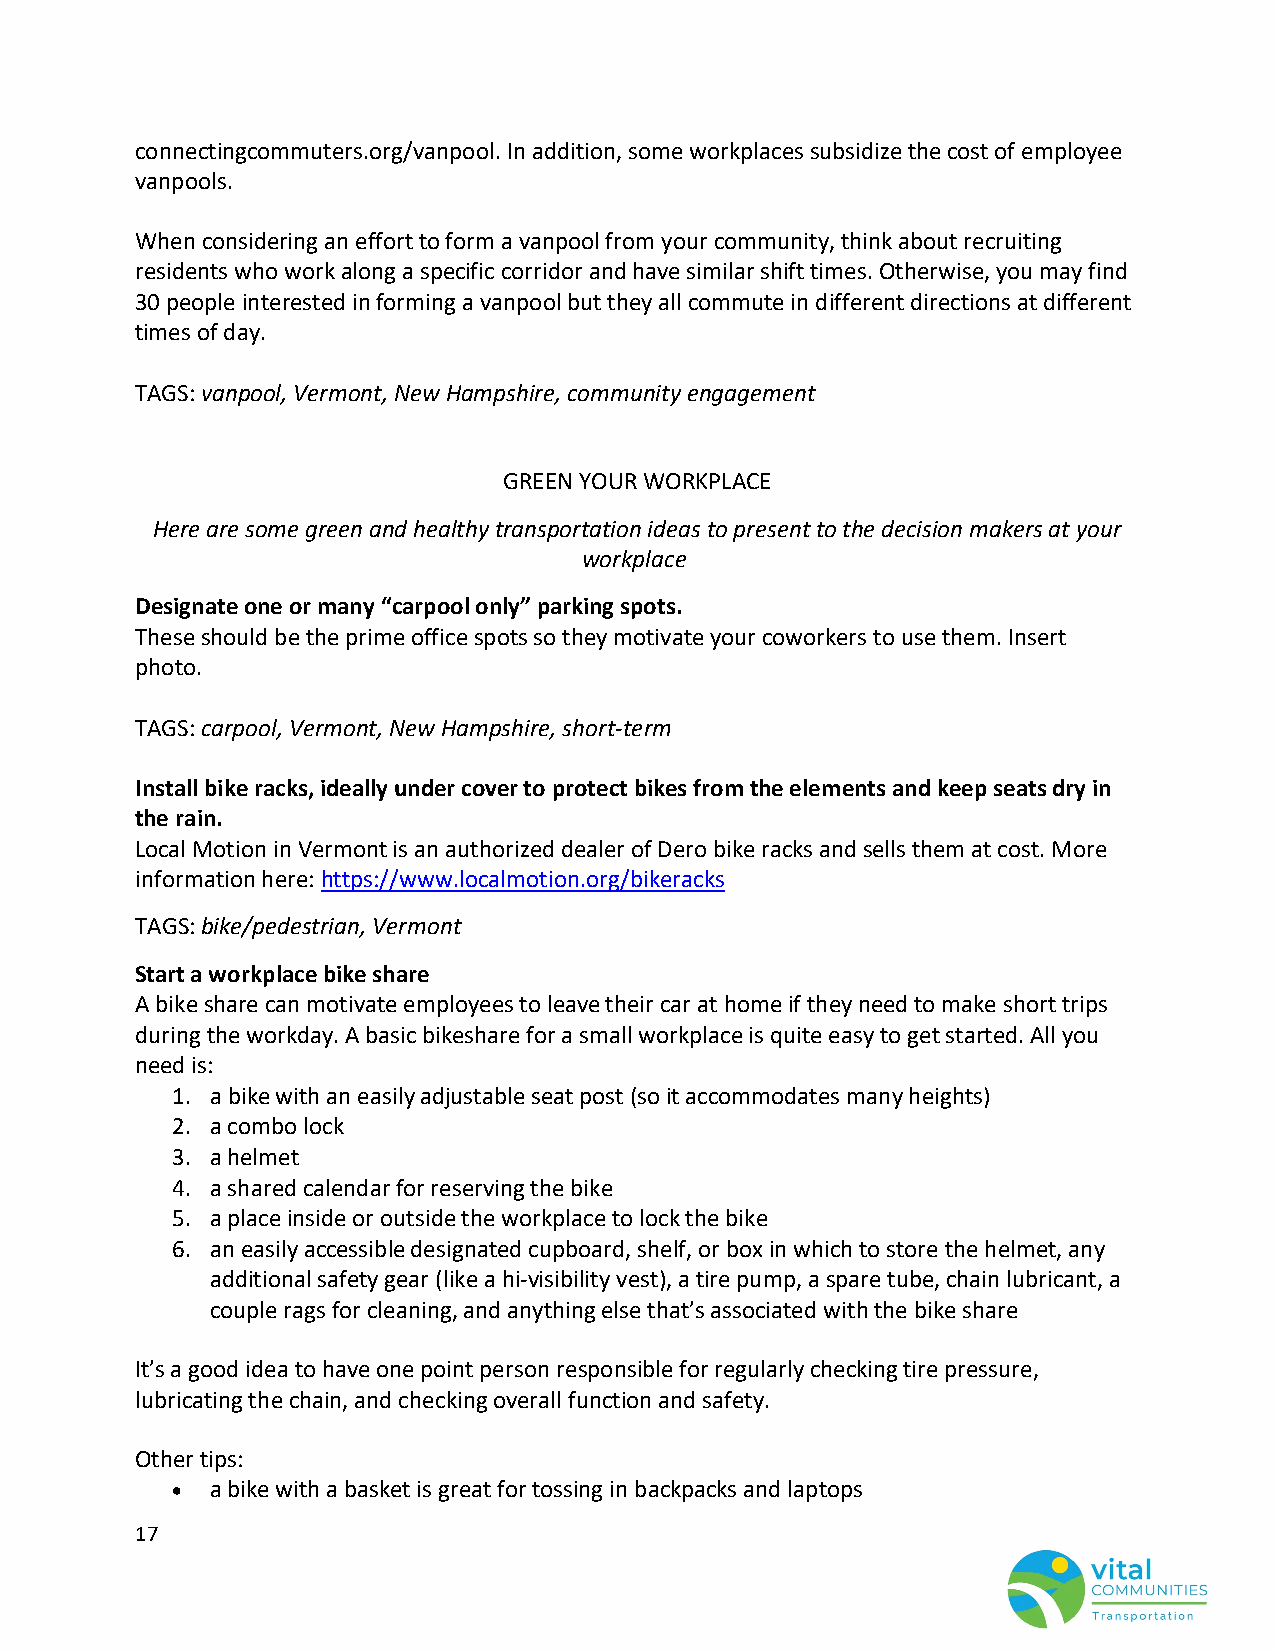
connectingcommuters.org/vanpool. In addition, some workplaces subsidize the cost of employee
 vanpools.
 When considering an effort to form a vanpool from your community, think about recruiting
 residents who work along a specific corridor and have similar shift times. Otherwise, you may find
 30 people interested in forming a vanpool but they all commute in different directions at different
 times of day.
 TAGS: vanpool, Vermont, New Hampshire, community engagement
 GREEN YOUR WORKPLACE
 Here are some green and healthy transportation ideas to present to the decision makers at your
 workplace
 Designate one or many “carpool only” parking spots.
 These should be the prime office spots so they motivate your coworkers to use them. Insert
 photo.
 TAGS: carpool, Vermont, New Hampshire, short-term
 Install bike racks, ideally under cover to protect bikes from the elements and keep seats dry in
 the rain.
 Local Motion in Vermont is an authorized dealer of Dero bike racks and sells them at cost. More
 information here: https://www.localmotion.org/bikeracks
 TAGS: bike/pedestrian, Vermont
 Start a workplace bike share
 A bike share can motivate employees to leave their car at home if they need to make short trips
 during the workday. A basic bikeshare for a small workplace is quite easy to get started. All you
 need is:
 1. a bike with an easily adjustable seat post (so it accommodates many heights)
 2. a combo lock
 3. a helmet
 4. a shared calendar for reserving the bike
 5. a place inside or outside the workplace to lock the bike
 6. an easily accessible designated cupboard, shelf, or box in which to store the helmet, any
 additional safety gear (like a hi-visibility vest), a tire pump, a spare tube, chain lubricant, a
 couple rags for cleaning, and anything else that’s associated with the bike share
 It’s a good idea to have one point person responsible for regularly checking tire pressure,
 lubricating the chain, and checking overall function and safety.
 Other tips:
 •  a bike with a basket is great for tossing in backpacks and laptops
 17